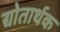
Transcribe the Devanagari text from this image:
द्योतार्थक